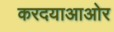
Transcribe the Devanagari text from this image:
करदयाआओर